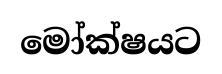
මෝක්ෂයට